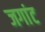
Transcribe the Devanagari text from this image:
जगांट